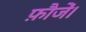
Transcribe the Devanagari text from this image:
फ़ौजें।